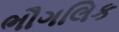
ભૌગલિક